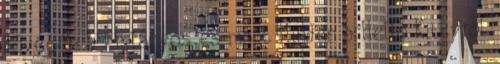
hóvégén a kislányos és most Minden a Hello Kittyről